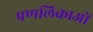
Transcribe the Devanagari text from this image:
प्रणलिकाओं